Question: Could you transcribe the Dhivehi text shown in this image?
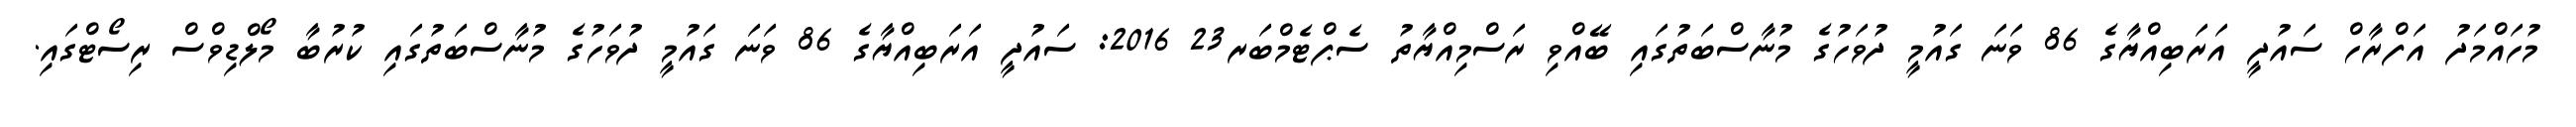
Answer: މުހައްމަދު އަފްރާހް ސައުދީ އަރަބިއްޔާގެ 86 ވަނަ ގައުމީ ދުވަހުގެ މުނާސްބަތުގައި ބޭއްވި ރަސްމިއްޔާތު ސެޕްޓެމްބަރ23 2016: ސައުދީ އަރަބިއްޔާގެ 86 ވަނަ ގައުމީ ދުވަހުގެ މުނާސްބަތުގައި ކުރުބާ މޯލްޑިވްސް ރިސޯޓްގައި.